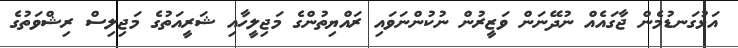
އަޅުގަނޑުމެން ޖާގައެއް ނުދޭނަން ވަޒީރުން ނުކުންނަވައި ރައްޔިތުންގެ މަޖިލީހާއި ޝަރީއަތުގެ މަޖިލިސް ރިޝްވަތުގެ